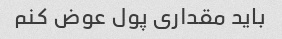
باید مقداری پول عوض کنم